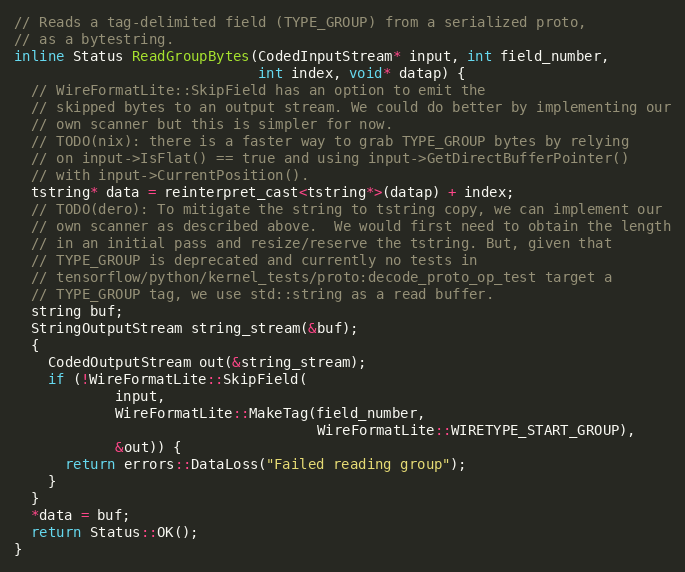
Language: C
// Reads a tag-delimited field (TYPE_GROUP) from a serialized proto,
// as a bytestring.
inline Status ReadGroupBytes(CodedInputStream* input, int field_number,
                             int index, void* datap) {
  // WireFormatLite::SkipField has an option to emit the
  // skipped bytes to an output stream. We could do better by implementing our
  // own scanner but this is simpler for now.
  // TODO(nix): there is a faster way to grab TYPE_GROUP bytes by relying
  // on input->IsFlat() == true and using input->GetDirectBufferPointer()
  // with input->CurrentPosition().
  tstring* data = reinterpret_cast<tstring*>(datap) + index;
  // TODO(dero): To mitigate the string to tstring copy, we can implement our
  // own scanner as described above.  We would first need to obtain the length
  // in an initial pass and resize/reserve the tstring. But, given that
  // TYPE_GROUP is deprecated and currently no tests in
  // tensorflow/python/kernel_tests/proto:decode_proto_op_test target a
  // TYPE_GROUP tag, we use std::string as a read buffer.
  string buf;
  StringOutputStream string_stream(&buf);
  {
    CodedOutputStream out(&string_stream);
    if (!WireFormatLite::SkipField(
            input,
            WireFormatLite::MakeTag(field_number,
                                    WireFormatLite::WIRETYPE_START_GROUP),
            &out)) {
      return errors::DataLoss("Failed reading group");
    }
  }
  *data = buf;
  return Status::OK();
}